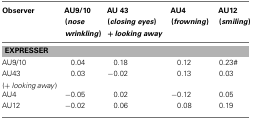
<table><thead><tr><td><b>Observer</b></td><td><b>AU9/10(<i>nose wrinkling</i>)</b></td><td><b>AU 43 (<i>closing eyes</i>) + <i>looking away</i></b></td><td><b>AU4 (<i>frowning</i>)</b></td><td><b>AU12(<i>smiling</i>)</b></td></tr></thead><tbody><tr><td colspan="5">EXPRESSER</td></tr><tr><td>AU9/10</td><td>0.04</td><td>0.18</td><td>0.12</td><td>0.23#</td></tr><tr><td>AU43(+ <i>looking away</i>)</td><td>0.03</td><td>−0.02</td><td>0.13</td><td>0.03</td></tr><tr><td>AU4</td><td>−0.05</td><td>0.02</td><td>−0.12</td><td>0.05</td></tr><tr><td>AU12</td><td>−0.02</td><td>0.06</td><td>0.08</td><td>0.19</td></tr></tbody></table>